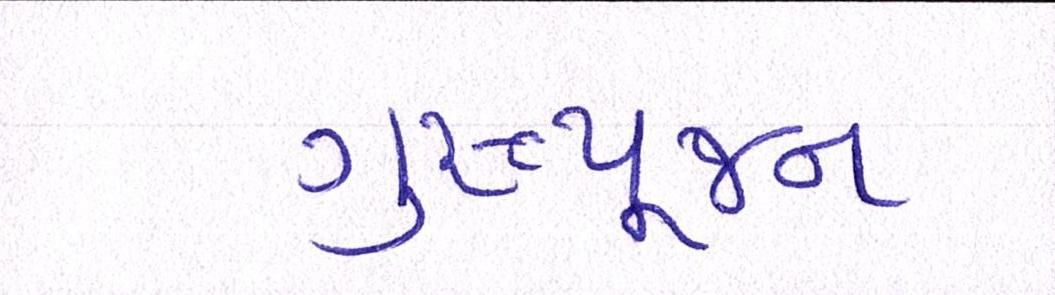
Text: ગુરૂપૂજન